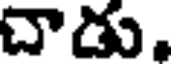
చాడు.